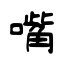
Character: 嘴